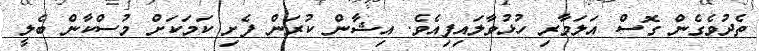
ތެދުވެގެން ގޮސް އަލަމާރި ހުޅުވާލައިފިއެވެ. އިޝާން ކުރަން ފެށި ކަމަކަށް މުސްކާން ބެލީ